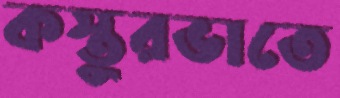
কস্তুরভাতে